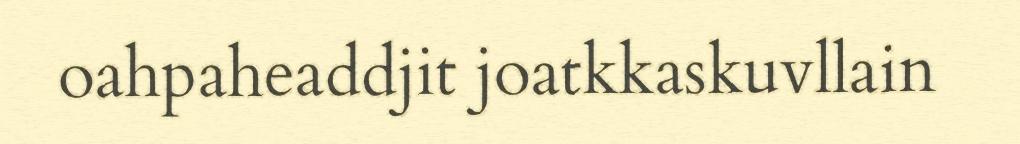
oahpaheaddjit joatkkaskuvllain